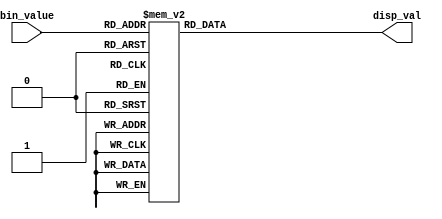
`timescale 1ns / 1ps
//////////////////////////////////////////////////////////////////////////////////
// Company: 
// Engineer: 
// 
// Design Name: 
// Module Name:    led_decoder 
// Project Name: 
// Target Devices: 
// Tool versions: 
// Description: 
//
// Dependencies: 
//
// Revision: 
// Revision 0.01 - File Created
// Additional Comments: 
//
//////////////////////////////////////////////////////////////////////////////////
module led_decoder(input [3:0] bin_value, output reg [7:0] disp_val);

always @ (bin_value) begin
	case(bin_value)
		0:disp_val =        8'b01111110;
		1:disp_val =        8'b00110000;
		2:disp_val =        8'b01101101;
		3:disp_val =        8'b01111001;
		4:disp_val =        8'b00110011;
		5:disp_val =        8'b01011011;
		6:disp_val =        8'b01011111;
		7:disp_val =        8'b01110000;
		8:disp_val =        8'b01111111;
		9:disp_val =        8'b01111011;
		10:disp_val =       8'b01110111;
		11:disp_val =       8'b00011111;
		12:disp_val =       8'b01001110;
		13:disp_val =       8'b00111101;
		14:disp_val =       8'b01001111;
		15:disp_val =       8'b01000111;
		default:disp_val =  8'b00000000;
	endcase
end

endmodule